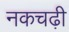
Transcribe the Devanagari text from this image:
नकचढ़ी